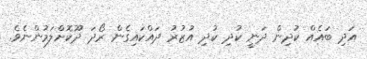
އަދި ބައެއް ކުދިން ދަނީ ކުދި ކުދި އުޒުރު ދައްކައިގެން ރޯދަ ދޫކޮށްލަމުންނެވެ.